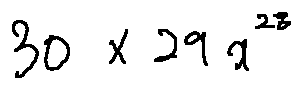
3 0 \times 2 9 x ^ { 2 8 }